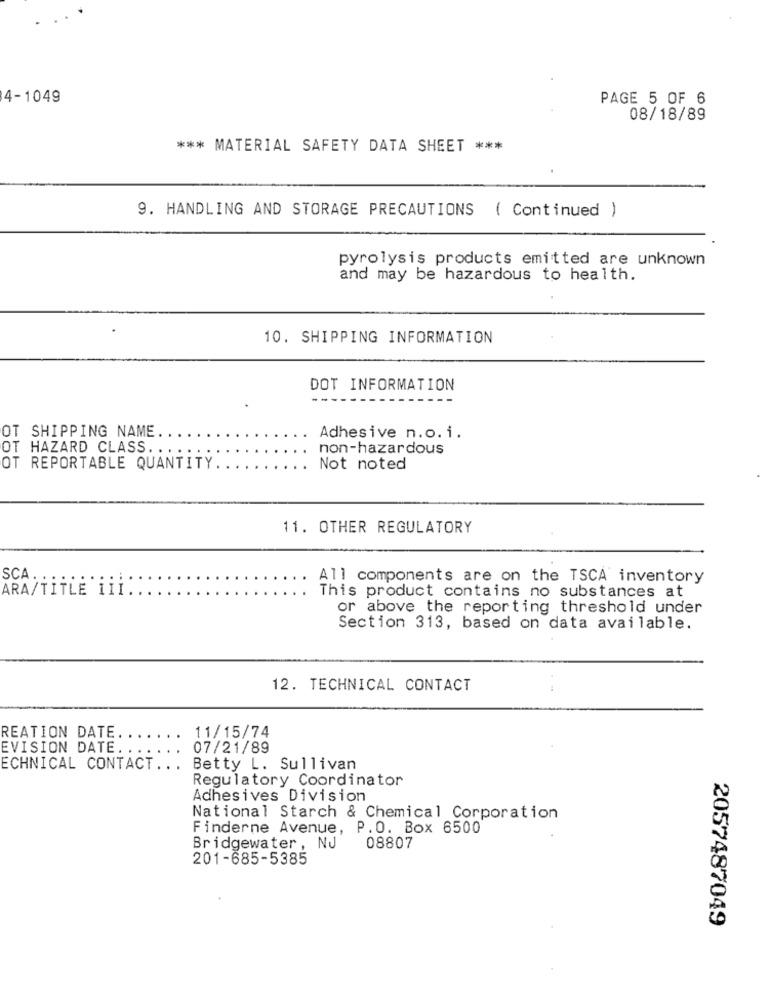
4-1049
PAGE 5 OF 6
08/18/89
*** MATERIAL SAFETY DATA SHEET ***
9. HANDLING AND STORAGE PRECAUTIONS ( Continued )
pyrolysis products emitted are unknown
and may be hazardous to health.
10. SHIPPING INFORMATION
DOT INFORMATION
OT SHIPPING NAME ..
Adhesive n.o.i.
OT HAZARD CLASS. ..
non-hazardous
OT REPORTABLE QUANTITY
Not noted
11. OTHER REGULATORY
SCA.
..
All components are on the TSCA inventory
ARA/TITLE III.
. This product contains no substances at
or above the reporting threshold under
Section 313, based on data available.
12. TECHNICAL CONTACT
11/15/74
REATION DATE.
EVISION DATE.
07/21/89
ECHNICAL CONTACT.
Betty L. Sullivan
Regulatory Coordinator
Adhesives Division
National Starch & Chemical Corporation
Finderne Avenue, P.O. Box 6500
Bridgewater, NJ
08807
201-685-5385
2057487049